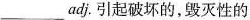
____adj. 引起破坏的，毁灭性的